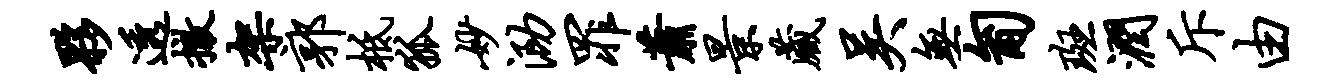
夥透撤架郭柢狐妙泐罪萧景藏吴无匍斑润斥由